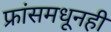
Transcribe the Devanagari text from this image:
फ्रांसमधूनही